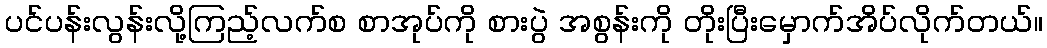
ပင်ပန်းလွန်းလို့ကြည့်လက်စ စာအုပ်ကို စားပွဲ အစွန်းကို တိုးပြီးမှောက်အိပ်လိုက်တယ်။